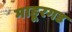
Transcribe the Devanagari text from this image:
माहूरगड